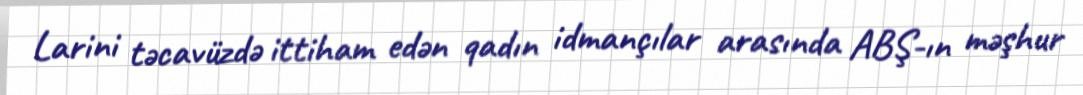
Larini təcavüzdə ittiham edən qadın idmançılar arasında ABŞ-ın məşhur